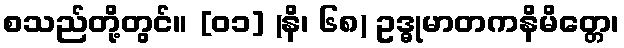
စသည်တို့တွင်။ [၀၁] (နိ၊ ၆၈) ဥဒ္ဓုမာတကနိမိတ္တေ၊